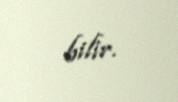
bilir.